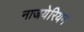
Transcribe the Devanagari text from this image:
नाजयेरियन